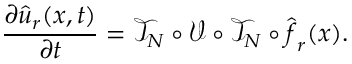
\frac { \partial \hat { \boldsymbol u } _ { r } ( \boldsymbol x , t ) } { \partial t } = \mathcal { T } _ { N } \circ \mathcal { V } \circ \mathcal { T } _ { N } \circ \hat { \boldsymbol f } _ { r } ( \boldsymbol x ) .